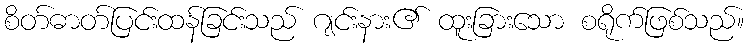
စိတ်ဓာတ်ပြင်းထန်ခြင်းသည် ဂျင်းနား၏ ထူးခြားသော စရိုက်ဖြစ်သည်။